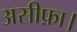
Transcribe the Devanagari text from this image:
असीफ़ा।